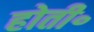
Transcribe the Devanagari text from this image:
होती॰